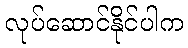
လုပ်ဆောင်နိုင်ပါက